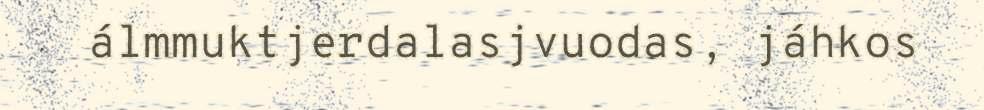
álmmuktjerdalasjvuodas, jáhkos